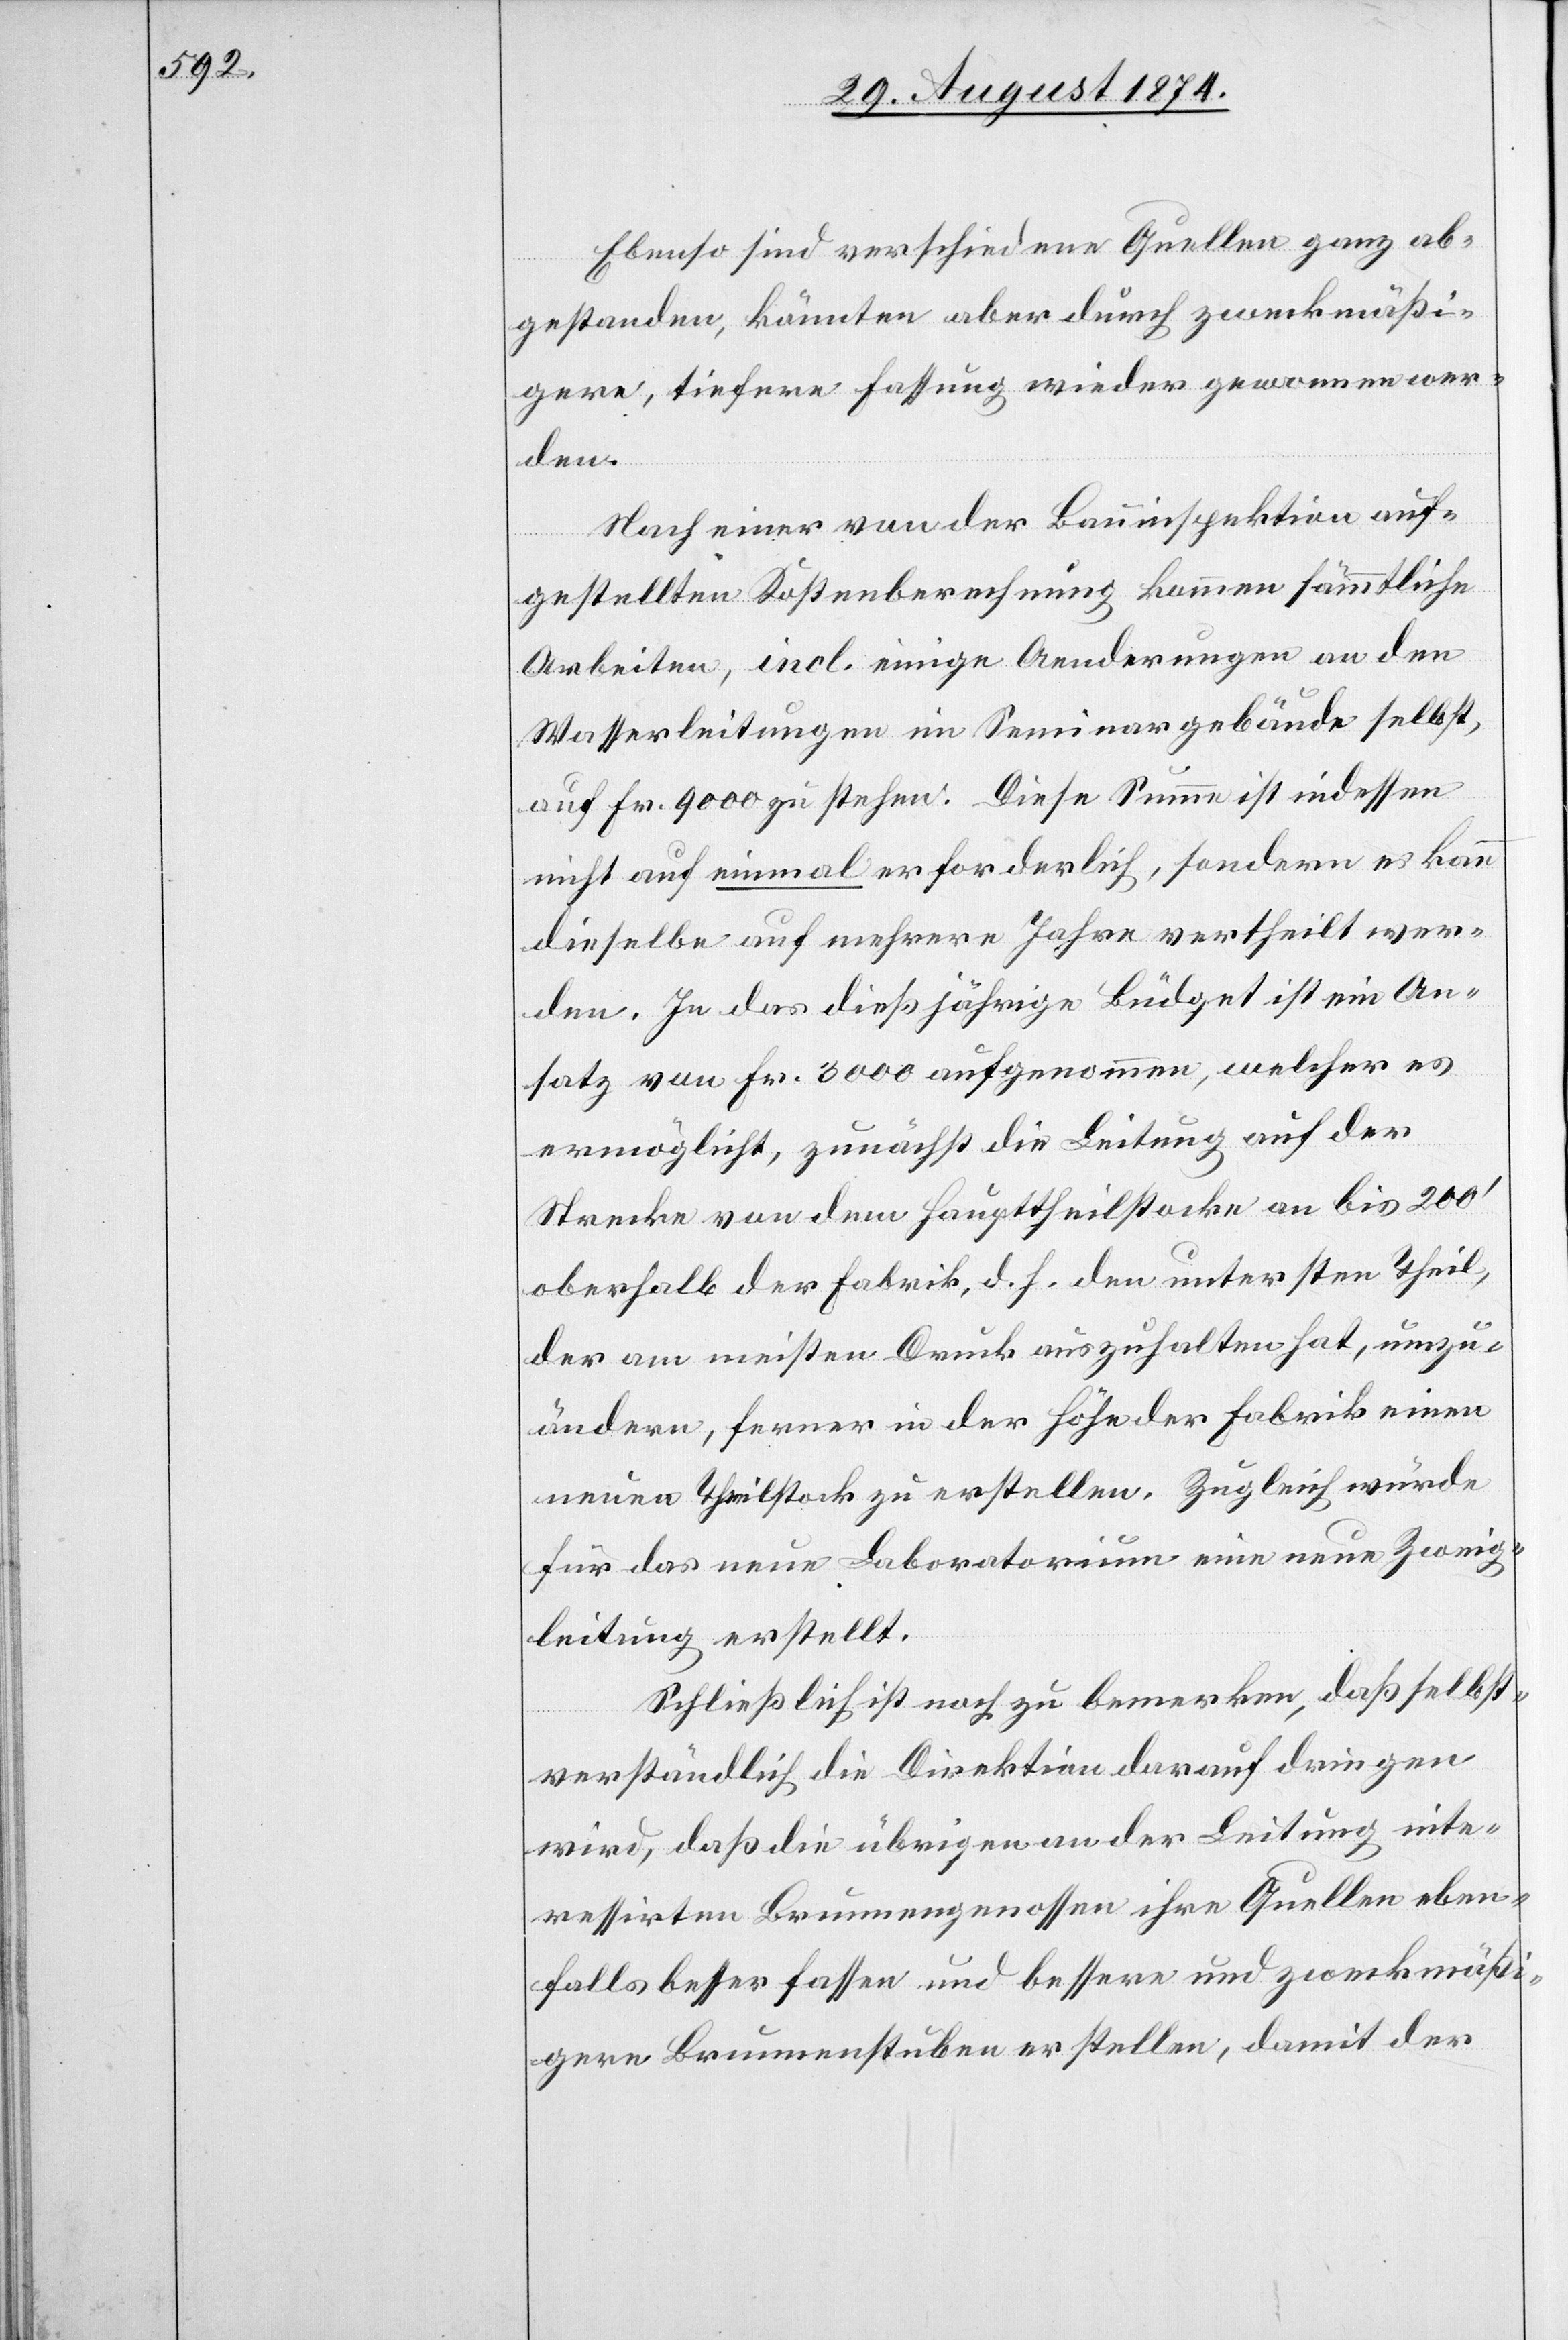
Ebenso sind verschiedene Quellen ganz ab¬
gestanden, könnten aber durch zweckmäßi¬
gere, tiefere Fassung wieder gewonnen wer¬
den.
Nach einer von der Bauinspektion auf¬
gestellten Kostenberechnung kommen sämmtliche
Arbeiten, incl. einige Aenderungen an den
Wasserleitungen im Seminargebäude selbst,
auf Fr. 9000 zu stehen. Diese Summe ist indessen
nicht auf einmal erforderlich, sondern es kann
dieselbe auf mehrere Jahre vertheilt wer¬
den. In das dießjährige Büdget ist ein An¬
satz von Fr. 3000 aufgenommen, welcher es
ermöglicht, zunächst die Leitung auf der
Strecke von dem Haupttheilstocke an bis 200‘
oberhalb der Fabrik, d. h. den untersten Theil,
der am meisten Druck auszuhalten hat, umzu¬
ändern, ferner in der Höhe der Fabrik einen
neuen Theilstock zu erstellen. Zugleich würde
für das neue Laboratorium eine neue Zweig¬
leitung erstellt.
Schließlich ist noch zu bemerken, daß selbst¬
verständlich die Direktion darauf dringen
wird, daß die übrigen an der Leitung inte¬
ressirten Brunngengenossen ihre Quellen eben¬
falls besser fassen und bessere und zweckmäßi¬
gere Brunnenstuben erstellen, damit der